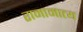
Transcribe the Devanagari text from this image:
रामामात्य